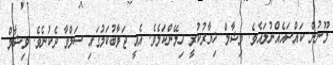
މޫނުން ކައްސައެއްނުލައެވެ. ވިޝާމް ޚިޔާރުކުރީ ހިމޭންކަމެވެ. އެއީ ޖަވާބުކަމުގައި ސަލްވާ ދެކުނެވެ. ވިޝާމް